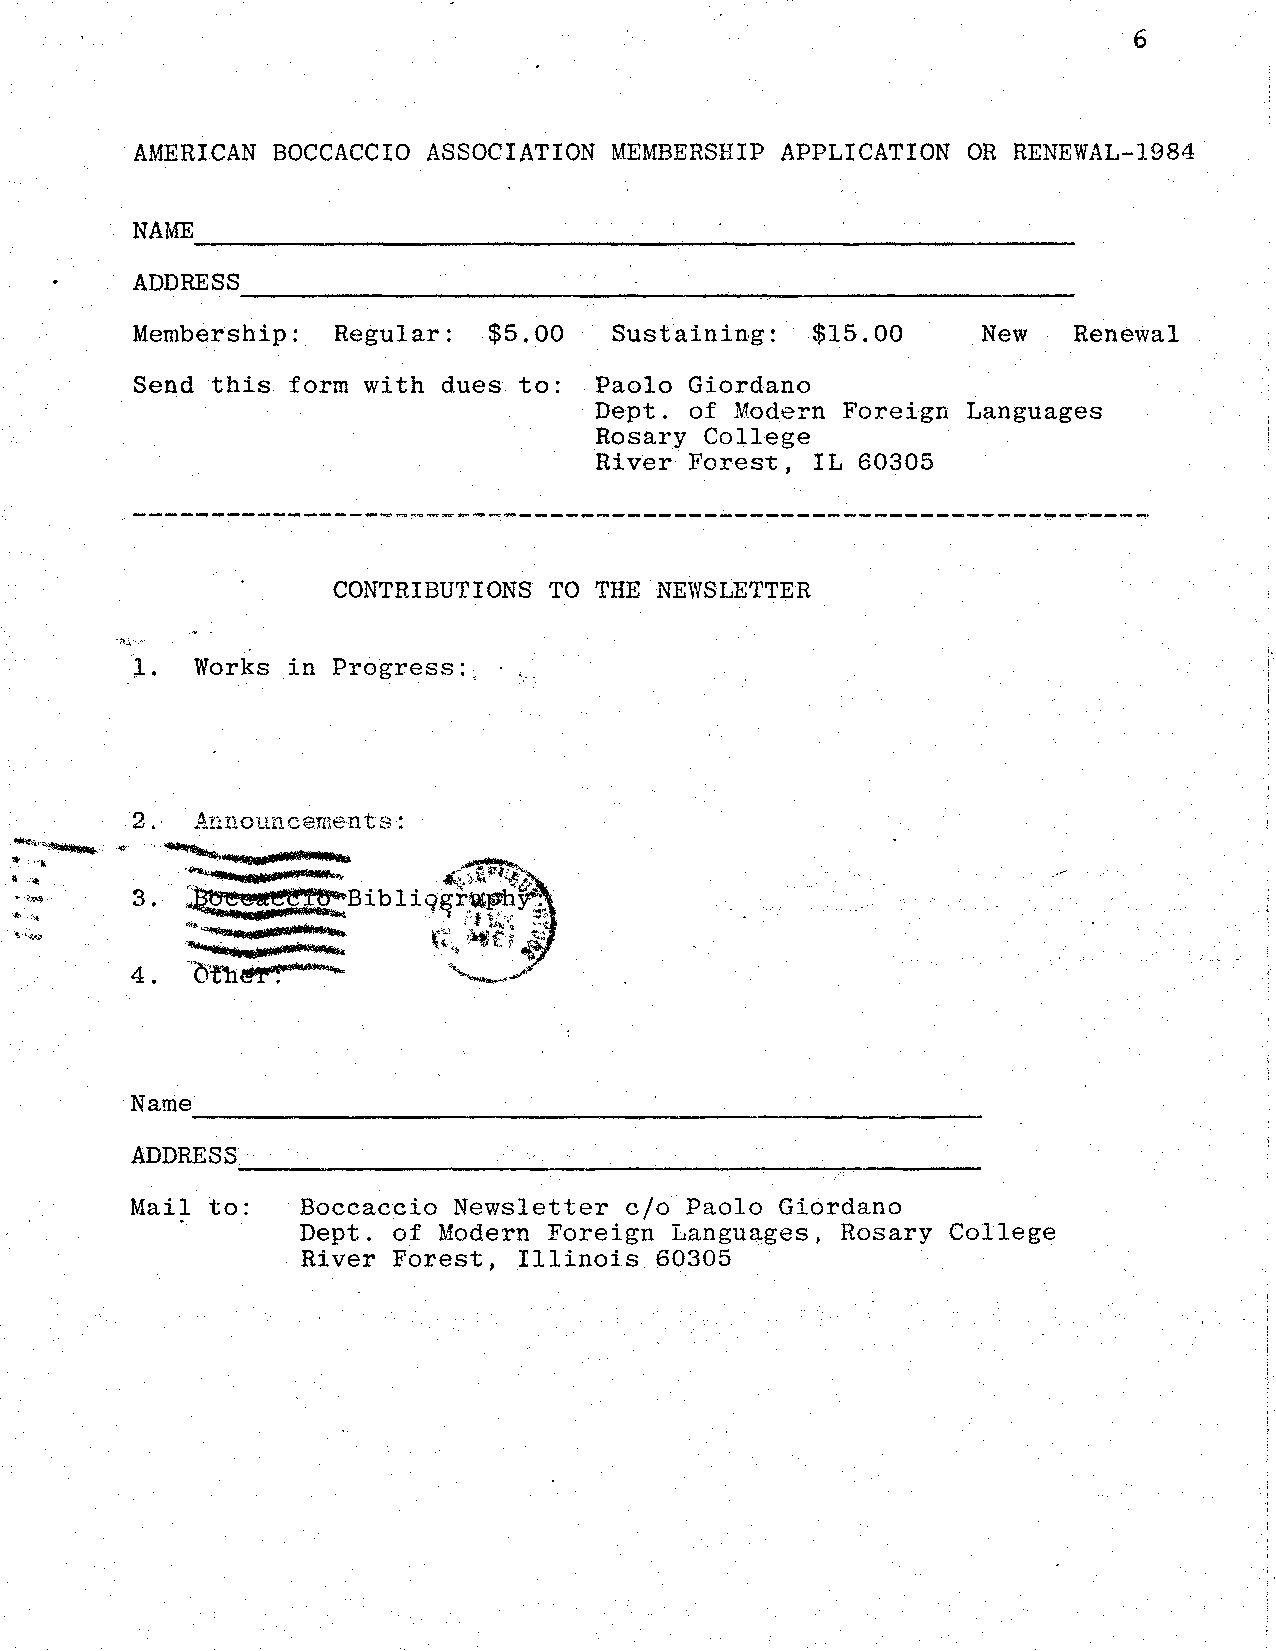
6
 AMERICAN BOCCACCIO ASSOCIATION  MEMBERSHIP APPLICATION OR RENEWAL-1984
 NAME
 ----~----------------------------------~-------------------
 ADDRESS ___________________________________________________  __
 Membership:  Regular:  $5.00                            New   Renewal
 Sust~ining:  $15~OO
 Send this form with dues to:  Paolo  Giordano
 Dept.  of Modern Foreign Languages
 Rosary College
 River Forest, IL 60305
 ---~--------------.-----------------------------------------~------
 CONTRIBUTIONS TO THE  NEWSLETTER
 ..
 )   Works in Progress:,
 2.  Announcements:
 Name
 -------------------------------------------------------
 ADDRESS
 ~----------------------~----------~--~---------
 Mail to:   Boccaccio Newsletter c/o Paolo  Giordano
 Dept. of Modern Foreign  Languages, Rosary College
 River Forest, Illinois 60305